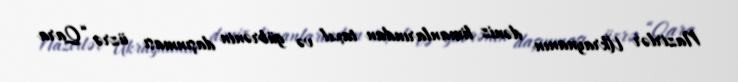
Nazirlər Ukraynanın dəniz limanlarından taxıl və gübrənin daşınması üzrə “Qara